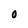
Character: o